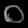
Digit: ၀